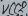
Text: VCC2